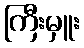
ကြီးမှူး